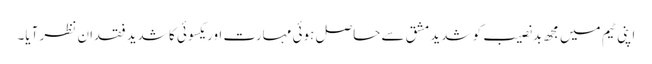
اپنی ٹیم میں مجھ بدنصیب کو شدید مشق سے حاصل ہوئی مہارت اور یکسوئی کا شدید فقدان نظر آیا۔